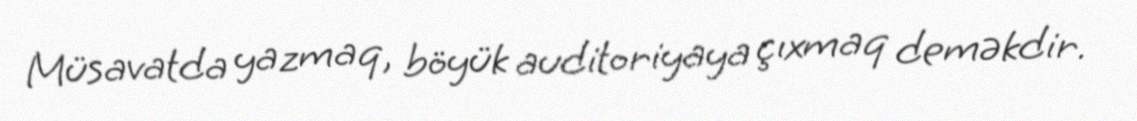
Müsavatda yazmaq, böyük auditoriyaya çıxmaq deməkdir.